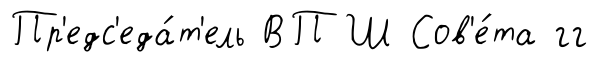
Пр'едс'еда́т'ель ВПШ Сов'е́та гг